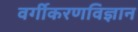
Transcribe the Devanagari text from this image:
वर्गीकरणविज्ञान